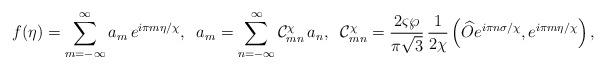
LaTeX: \begin{align*}f(\eta)=\sum^{\infty}_{m=-\infty}a_m\,e^{i\pi m\eta/\chi},\;\;a_m=\sum^{\infty}_{n=-\infty}{\cal C}^{\chi}_{mn}\,a_n,\;\;{\cal C}^{\chi}_{mn}=\frac{2\varsigma\wp}{\pi\sqrt{3}}\,\frac{1}{2\chi}\left(\widehat{O}e^{i\pi n\sigma/\chi}, e^{i\pi m\eta/\chi}\right),\end{align*}